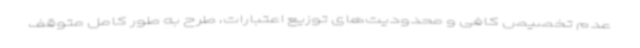
عدم تخصیص کافی و محدودیت‌های توزیع اعتبارات، طرح به طور کامل متوقف